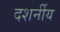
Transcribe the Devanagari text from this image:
दशर्नीय